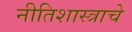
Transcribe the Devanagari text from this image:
नीतिशास्त्राचे